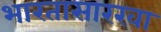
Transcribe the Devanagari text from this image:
भारतासारखा